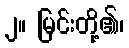
၂။ မြင်းတို့၏၊